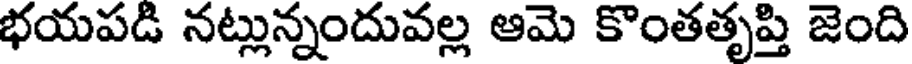
భయపడి నట్లున్నందువల్ల ఆమె కొంతతృప్తి జెంది